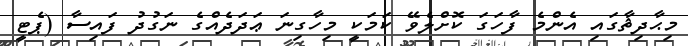
މިޙާދިޘާގައި އެންމެ ފާހަގަ ކޮށްލެވޭ ކަމަކީ މިހާގިނަ ޢަދަދެއްގެ ނަގުދު ފައިސާ (ޕެޓީ